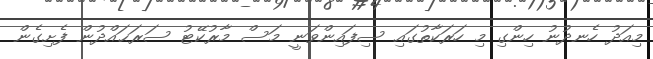
މިއަދު ހެނދުނު ހިންގި މި ހަރަކާތުގައި ސިފައިންވަނީ މަސް މާރުކޭޓު ސަރަޙައްދުން ފެށިގެން